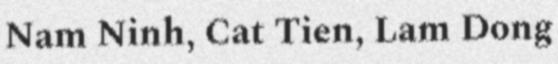
Nam Ninh, Cat Tien, Lam Dong